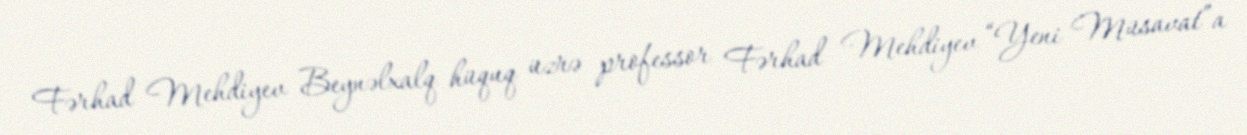
Fərhad Mehdiyev Beynəlxalq hüquq üzrə professor Fərhad Mehdiyev “Yeni Müsavat”a